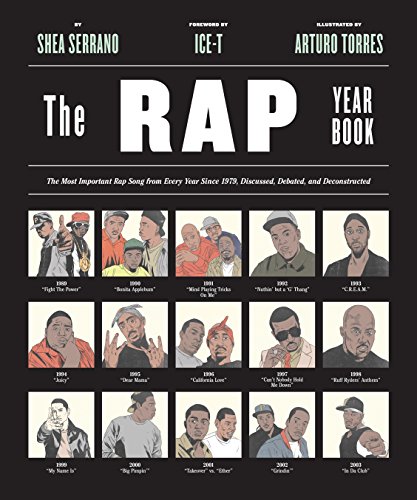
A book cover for The Rap Year Book: The Most Important Rap Song From Every Year Since 1979, Discussed, Debated, and Deconstructed; Shea Serrano; Humor & Entertainment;